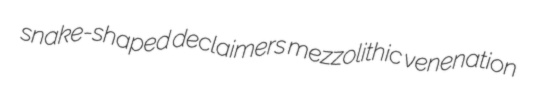
snake-shaped declaimers mezzolithic venenation